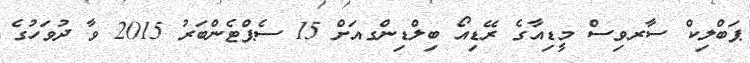
ޕަބްލިކް ސާރވިސް މީޑިއާގެ ރޭޑިއޯ ބިލްޑިންގއަށް 15 ސެޕްޓެންބަރު 2015 ވާ ދުވަހުގެ